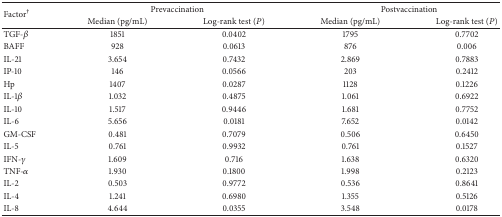
<table><thead><tr><td rowspan="2"><b>Factor<sup>†</sup></b></td><td colspan="2"><b>Prevaccination</b></td><td colspan="2"><b>Postvaccination</b></td></tr><tr><td><b>Median (pg/mL)</b></td><td><b>Log-rank test (<i>P</i>)</b></td><td><b>Median (pg/mL)</b></td><td><b>Log-rank test (<i>P</i>)</b></td></tr></thead><tbody><tr><td>TGF-<i>β</i></td><td>1851</td><td>0.0402</td><td>1795</td><td>0.7702</td></tr><tr><td>BAFF</td><td>928</td><td>0.0613</td><td>876</td><td>0.006</td></tr><tr><td>IL-21</td><td>3.654</td><td>0.7432</td><td>2.869</td><td>0.7883</td></tr><tr><td>IP-10</td><td>146</td><td>0.0566</td><td>203</td><td>0.2412</td></tr><tr><td>Hp</td><td>1407</td><td>0.0287</td><td>1128</td><td>0.1226</td></tr><tr><td>IL-1<i>β</i></td><td>1.032</td><td>0.4875</td><td>1.061</td><td>0.6922</td></tr><tr><td>IL-10</td><td>1.517</td><td>0.9446</td><td>1.681</td><td>0.7752</td></tr><tr><td>IL-6</td><td>5.656</td><td>0.0181</td><td>7.652</td><td>0.0142</td></tr><tr><td>GM-CSF</td><td>0.481</td><td>0.7079</td><td>0.506</td><td>0.6450</td></tr><tr><td>IL-5</td><td>0.761</td><td>0.9932</td><td>0.761</td><td>0.1527</td></tr><tr><td>IFN-<i>γ</i></td><td>1.609</td><td>0.716</td><td>1.638</td><td>0.6320</td></tr><tr><td>TNF-<i>α</i></td><td>1.930</td><td>0.1800</td><td>1.998</td><td>0.2123</td></tr><tr><td>IL-2</td><td>0.503</td><td>0.9772</td><td>0.536</td><td>0.8641</td></tr><tr><td>IL-4</td><td>1.241</td><td>0.6980</td><td>1.355</td><td>0.5126</td></tr><tr><td>IL-8</td><td>4.644</td><td>0.0355</td><td>3.548</td><td>0.0178</td></tr></tbody></table>